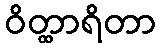
ဝိတ္ထာရိတာ